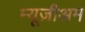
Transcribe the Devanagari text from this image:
म्यूज़ीअम